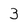
Character: 3